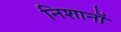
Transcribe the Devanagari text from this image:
निशानॊं